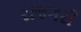
રાજગરી